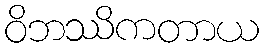
ဝိဘဿိကတာယ